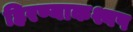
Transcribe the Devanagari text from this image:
हिरण्याकश्यप